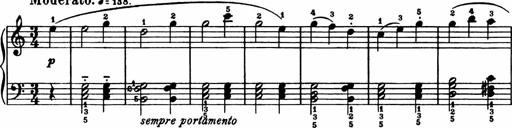
Title: Analytical Sonatinas
Composer: Frank Lynes